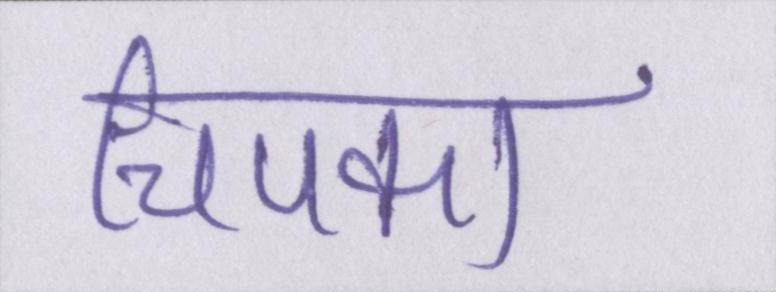
चिपका